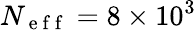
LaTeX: N_{\mathrm{~e~f~f~}}=8\times 10^{3}